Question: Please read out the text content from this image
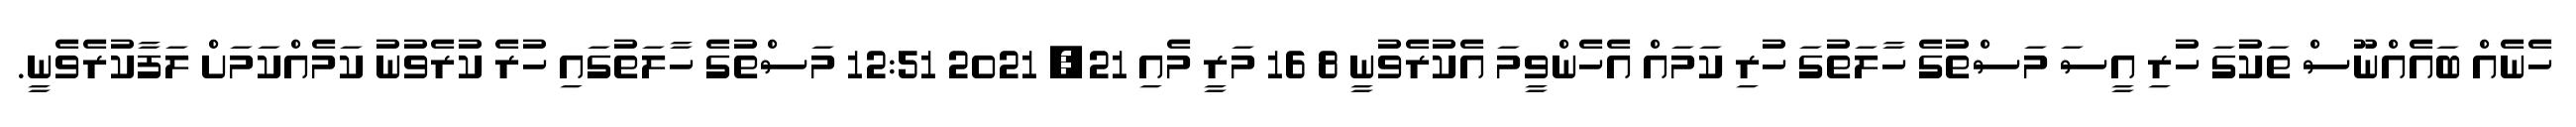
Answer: ހެނެއް ބައެއްނޫސް ތަކުގަ ހުރި އީސަ މަސްތުގެ ހާލަތުގަ ހުރި ކަމައް އެހެންވީމަ އެކުރެވުނީ 8 16 މަރީ މެއި 21, 2021 12:51 މަސްތުގެ ހާލަތުގައި ހުރެ ކުރެވުނު ކަމެއްކަމަށް ލަފާކުރެވެނީ.